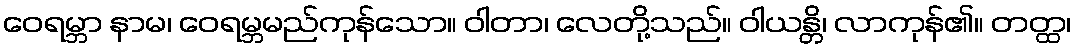
ဝေရမ္ဘာ နာမ၊ ဝေရမ္ဘမည်ကုန်သော။ ဝါတာ၊ လေတို့သည်။ ဝါယန္တိ၊ လာကုန်၏။ တတ္ထ၊